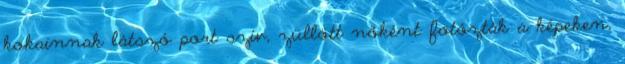
kokainnak látszó port szív, züllött nőként fotózták a képeken,